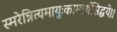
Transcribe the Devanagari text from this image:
स्मरेन्नित्यमायुःकामार्थसिद्धये।।